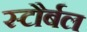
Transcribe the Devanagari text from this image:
स्टौर्बल